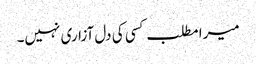
میرا مطلب کسی کی دل آزاری نہیں۔